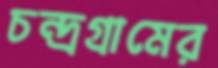
চন্দ্রগ্রামের